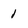
Character: 1